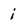
Character: j